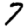
Digit: 7